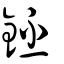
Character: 銔